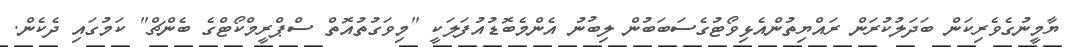
ޔާމީނުގެވެރިކަން ބަދަލުކުރަން ރައްޔިތުންއެޅިވޯޓުގެސަބަބުން ލިބުނު އެންމެބޮޑުއުފަލަކީ "މިވަގުތުއޮތް ސްޕްރީމްކޯޓްގެ ބެންޗް" ކަމުގައި ދެކެން.